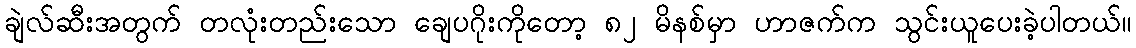
ချဲလ်ဆီးအတွက် တလုံးတည်းသော ချေပဂိုးကိုတော့ ၈၂ မိနစ်မှာ ဟာဇက်က သွင်းယူပေးခဲ့ပါတယ်။